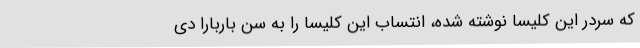
که سردر این کلیسا نوشته شده، انتساب این کلیسا را به سن باربارا دی